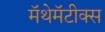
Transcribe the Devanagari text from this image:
मॅथेमॅटीक्स